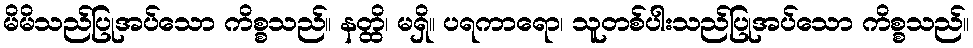
မိမိသည်ပြုအပ်သော ကိစ္စသည်။ နတ္ထိ၊ မရှိ။ ပရကာရော၊ သူတစ်ပါးသည်ပြုအပ်သော ကိစ္စသည်။